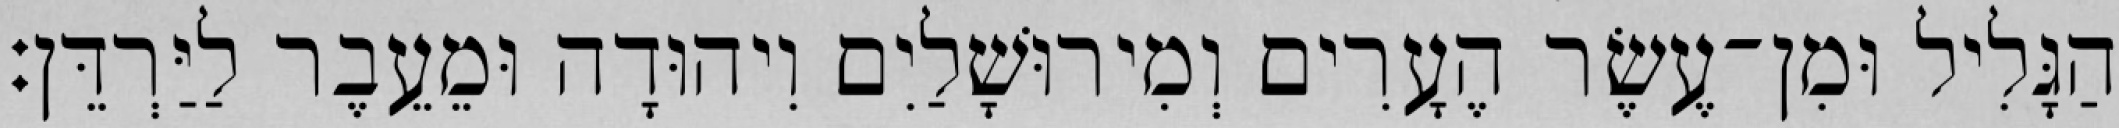
הַגָּלִיל וּמִן־עֶשֶׂר הֶעָרִים וְמִירוּשָׁלַיִם וִיהוּדָה וּמֵעֵבֶר לַיַּרְדֵּן׃